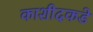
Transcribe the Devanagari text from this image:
काशीदकडे